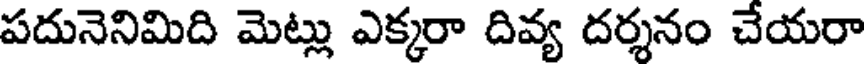
పదునెనిమిది మెట్లు ఎక్కరా దివ్య దర్శనం చేయరా